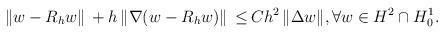
LaTeX: \begin{align*} \|{w-R_hw} \| \, + h \, \|{\nabla (w-R_hw)}\| \, \le& \, Ch^2 \, \|{\Delta w}\|, \forall w \in H^2 \cap H^1_0.\\ \end{align*}